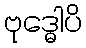
ဗုဒ္ဓေါပိ